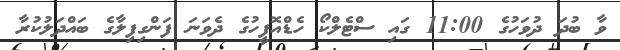
ވާ ބުދަ ދުވަހުގެ 11:00 ގައި ސްޓެލްކޯ ހެޑްއޮފީހުގެ ދެވަނަ ފަންގިފިލާގެ ބައްދަލުކުރާ